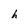
Character: h